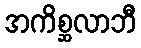
အကိစ္ဆလာဘီ